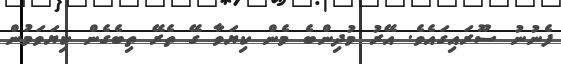
ފެނުނު ސޫރައިގައެވެ. އޭރު މުދިންބެ މެން ކިޔަވާ ގޭ ތެރޭ ތިބެގެން ކިޔަވަމުން